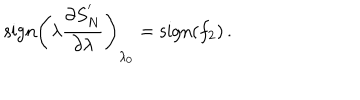
\mathrm { s i g n } \left( \lambda { \frac { \partial S _ { N } ^ { ' } } { \partial \lambda } } \right) _ { \lambda _ { 0 } } = \mathrm { s i g n } ( f _ { 2 } ) \, .